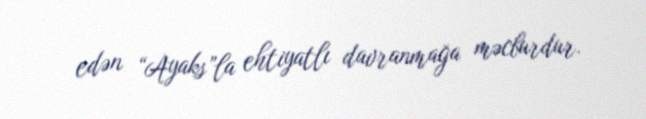
edən “Ayaks”la ehtiyatlı davranmağa məcburdur.